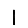
Digit: 1